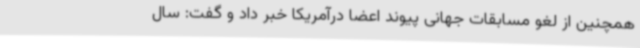
همچنین از لغو مسابقات جهانی پیوند اعضا درآمریکا خبر داد و گفت: سال